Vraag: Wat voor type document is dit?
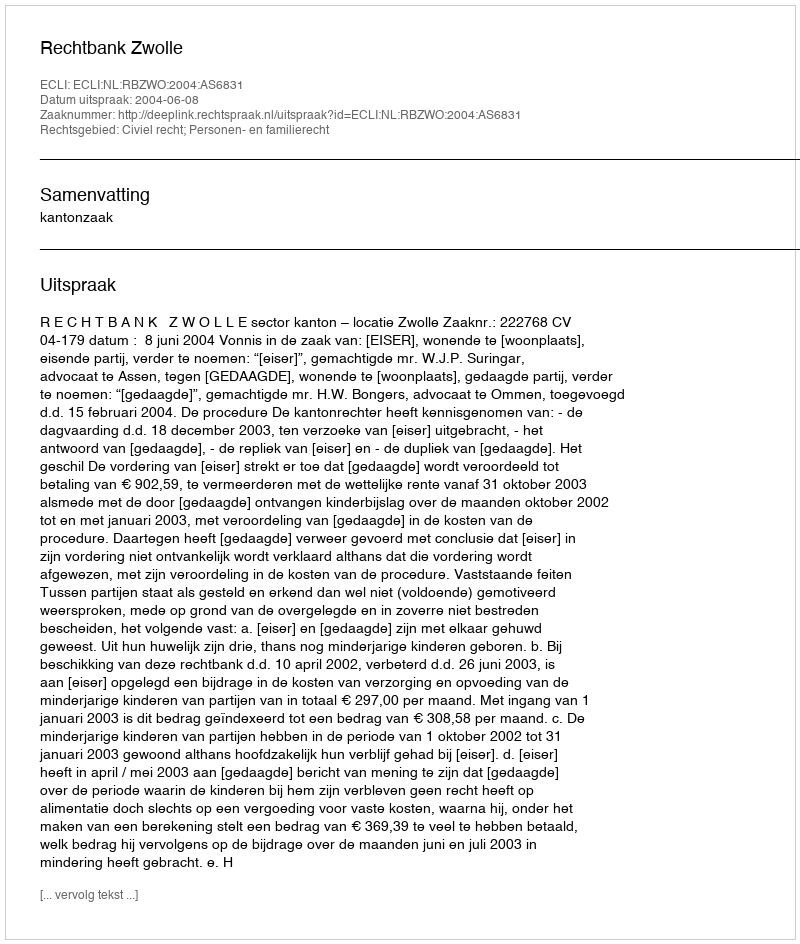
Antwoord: Uitspraak